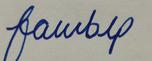
Signature authenticity: forged